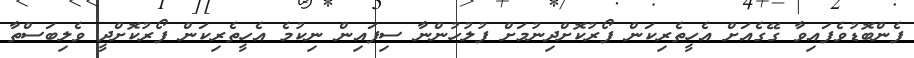
ފެންބޮޑުވެފައިވާ ގޭގެއަށް އެހީތެރިކަން ފޯރުކޮށްދިނުމަށް ފުލުހުންނާ ސިފައިން ނިކުމެ އެހީތެރިކަން ފޯރުކޮށްދީ ވެލިބަސްތާ